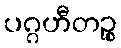
ပဂ္ဂဟီတဉ္စ